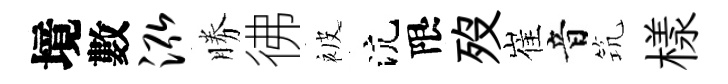
境數泓勝彿被沆限歿崔音𥬑樣